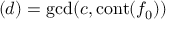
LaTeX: ( d ) = \gcd ( c , \operatorname { c o n t } ( f _ { 0 } ) )